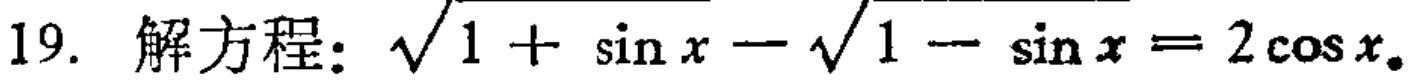
19. 解方程：\(\sqrt{1 + \sin x}-\sqrt{1 - \sin x}= 2\cos x\)。